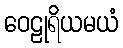
ဝေဠုရိယမယံ